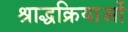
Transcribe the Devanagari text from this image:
श्राद्धक्रियाओं